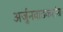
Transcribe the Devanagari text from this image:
अर्जुनवाडकरांना